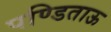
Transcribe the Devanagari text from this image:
पण्डिताऊ